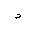
Letter: _dal